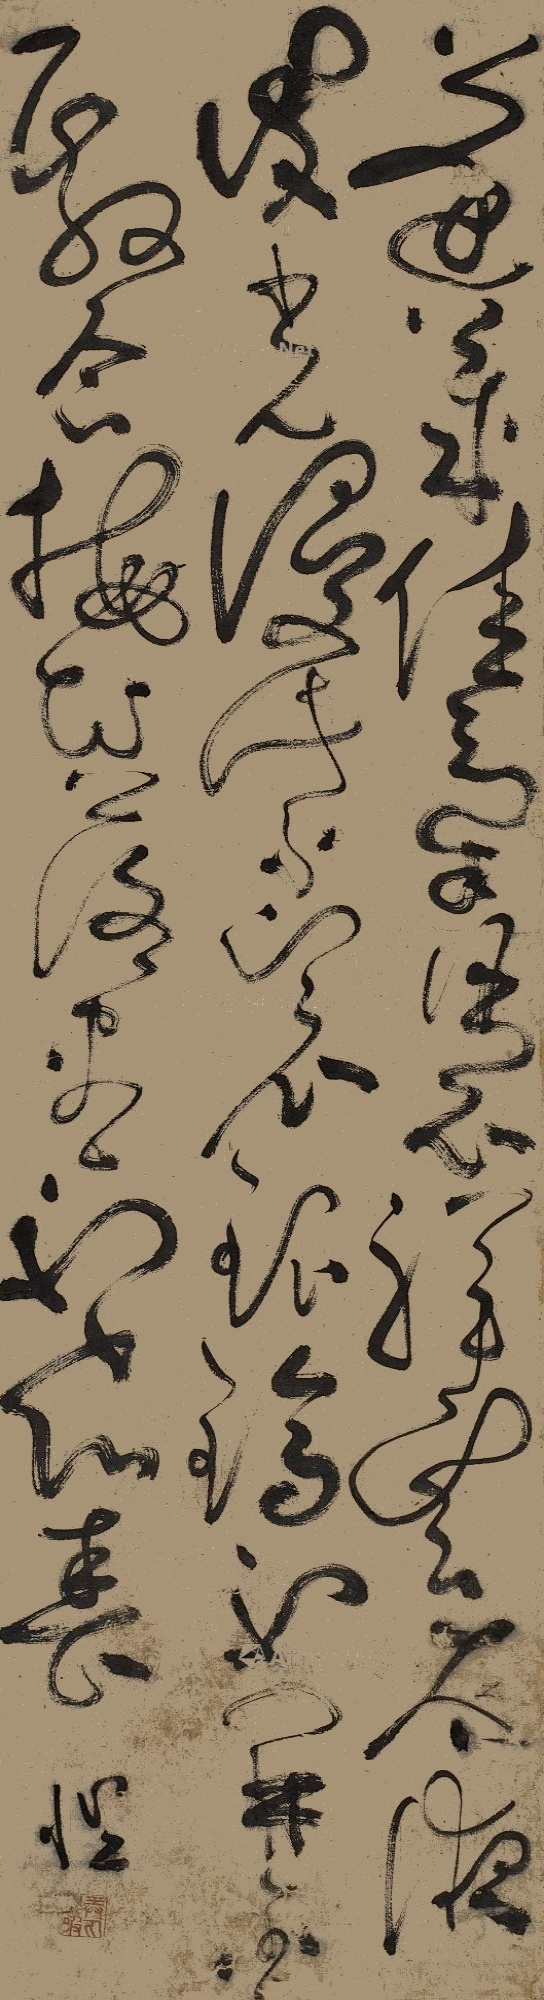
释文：蓬莱佳气凭□祥云，太液波□光浸紫衾□。银️□不开金️□合，梅花落尽不知春。恺。